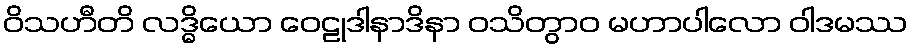
ဝိသဟီတိ လဒ္ဓိယော ဝေဠုဒါနာဒိနာ ဝသိတွာဝ မဟာပါလော ဝါဒမဿ